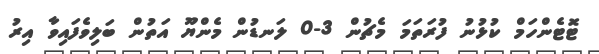
ޓޮޓެންހަމް ކުޅުނު ފުރަތަމަ މެޗުން 3-0 ލަނޑުން މެންޔޫ އަތުން ބަލިވެފައިވާ އިރު